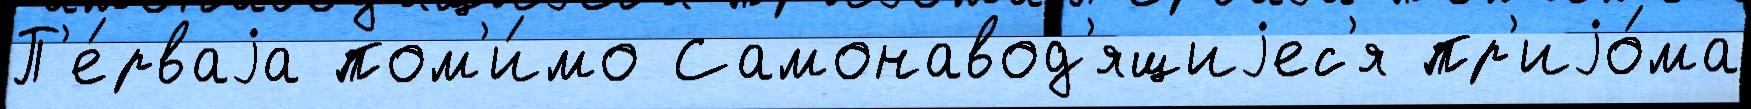
П'е́рваjа пом'и́мо Самонавод'ящиjес'я пр'иjо́ма